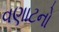
વણાટનો